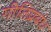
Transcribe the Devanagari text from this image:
गीतिप्रबंध